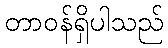
တာဝန်ရှိပါသည်